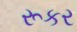
રૂકર